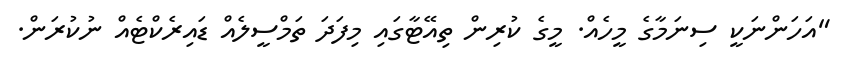
"އަހަންނަކީ ސިނަމާގެ މީހެއް. މީގެ ކުރިން ތިއޭޓާގައި މިފަދަ ތަމްސީލެއް ޑައިރެކްޓެއް ނުކުރަން.